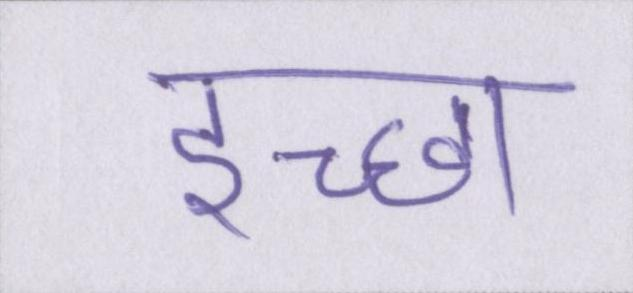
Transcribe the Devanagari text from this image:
इच्छा